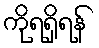
ကိုရရှိရန်